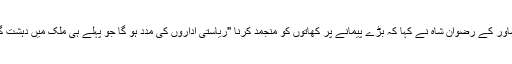
وفاقی تحقیقاتی ایجنسی (ایف آئی اے) کے اسسٹنٹ ڈائریکٹر، پشاور کے رضوان شاہ نے کہا کہ بڑے پیمانے پر کھاتوں کو منجمد کرنا "ریاستی اداروں کی مدد ہو گا جو پہلے ہی ملک میں دہشت گردی میں سرمایہ کاری کو روکنے کے لیے کام کر رہے ہیں۔